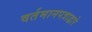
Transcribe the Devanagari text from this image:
वर्तमानपत्राद्वारे